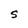
Character: S